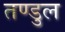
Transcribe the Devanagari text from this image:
तण्डुल